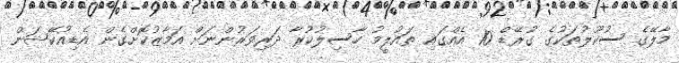
މާލޭގެ ސުކޫލުތަކުގެ ގުރޭޑް 10 އެއްގައި ތައުލީމު ހާސިލުކުރާ ދަރިވަރުންނަށް އަމާޒުކޮށްގެން އެޑިއުކޭޝަން